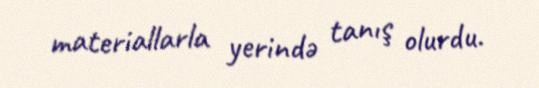
materiallarla yerində tanış olurdu.